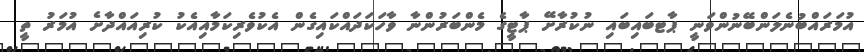
އުމަރައްބުނެލަންބޭނުންވަނީ ޕާޓބައިބައި ނުކުރާށޭ ޕާޓީގެ މެންބަރުންނާ ވާހަކަދައްކައިގެން އެކުވެރިކަމާއިއެކު ކުރިއައްދާށެ އުމަރު ތީ